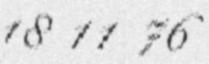
18 11 76